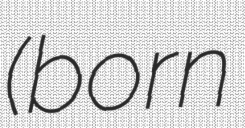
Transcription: (born